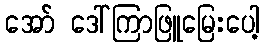
အော် ဒေါ်ကြာဖြူမြေးပေါ့